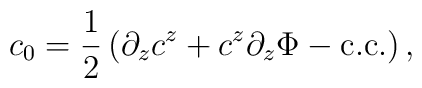
c_{0} = \frac{1}{2} \left( \partial_{z} c^{z} + c^{z}\partial_{z}\Phi    -  {\rm c.c.} \right) ,